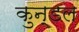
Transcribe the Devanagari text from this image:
कुन्डल